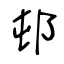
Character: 邨